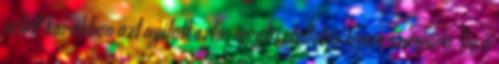
jelölt korábban azt nyilatkozta: megtiszteltetés lenne számára, ha a